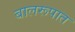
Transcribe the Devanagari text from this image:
बालरूपात